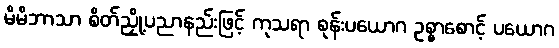
မိမိဘာသာ စိတ်ညှို့ပညာနည်းဖြင့် ကုသရာ စုန်းပယောဂ ဥစ္စာစောင့် ပယောဂ